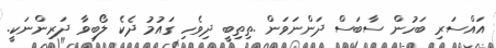
އައްސަރި ބަހުން ސާބަސް ދަންނަވަން .ތިތިބީ ދިވެހި ގައުމު ދެކެ ލޯބިވާ ދަރިންނަކީ.